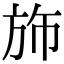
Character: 斾